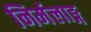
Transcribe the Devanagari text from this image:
निर्मलाङ्ग